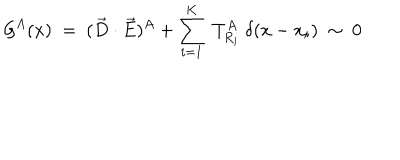
{ \cal G } ^ { A } ( x ) ~ = ~ ( \vec { D } \cdot \vec { E } ) ^ { A } + \sum _ { i = 1 } ^ { K } ~ T _ { R _ { i } } ^ { A } ~ \delta ( x - x _ { i } ) ~ \sim ~ 0